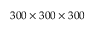
3 0 0 \times 3 0 0 \times 3 0 0